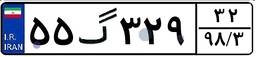
۵۵گ۳۲۹۳۲